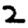
Digit: 2